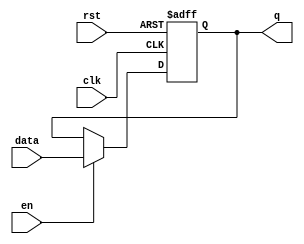
module latch (
    input wire clk,
    input wire rst,
    input wire en,
    input wire data,
    output reg q
);

always @(posedge clk or negedge rst) begin
    if (!rst) begin
        q <= 1'b0;
    end else if (en) begin
        q <= data;
    end
end

endmodule